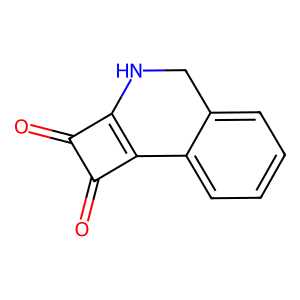
SMILES: O=c1c2c(c1=O)-c1ccccc1CN2
Inhibits HIV replication: No